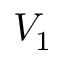
V _ { 1 }